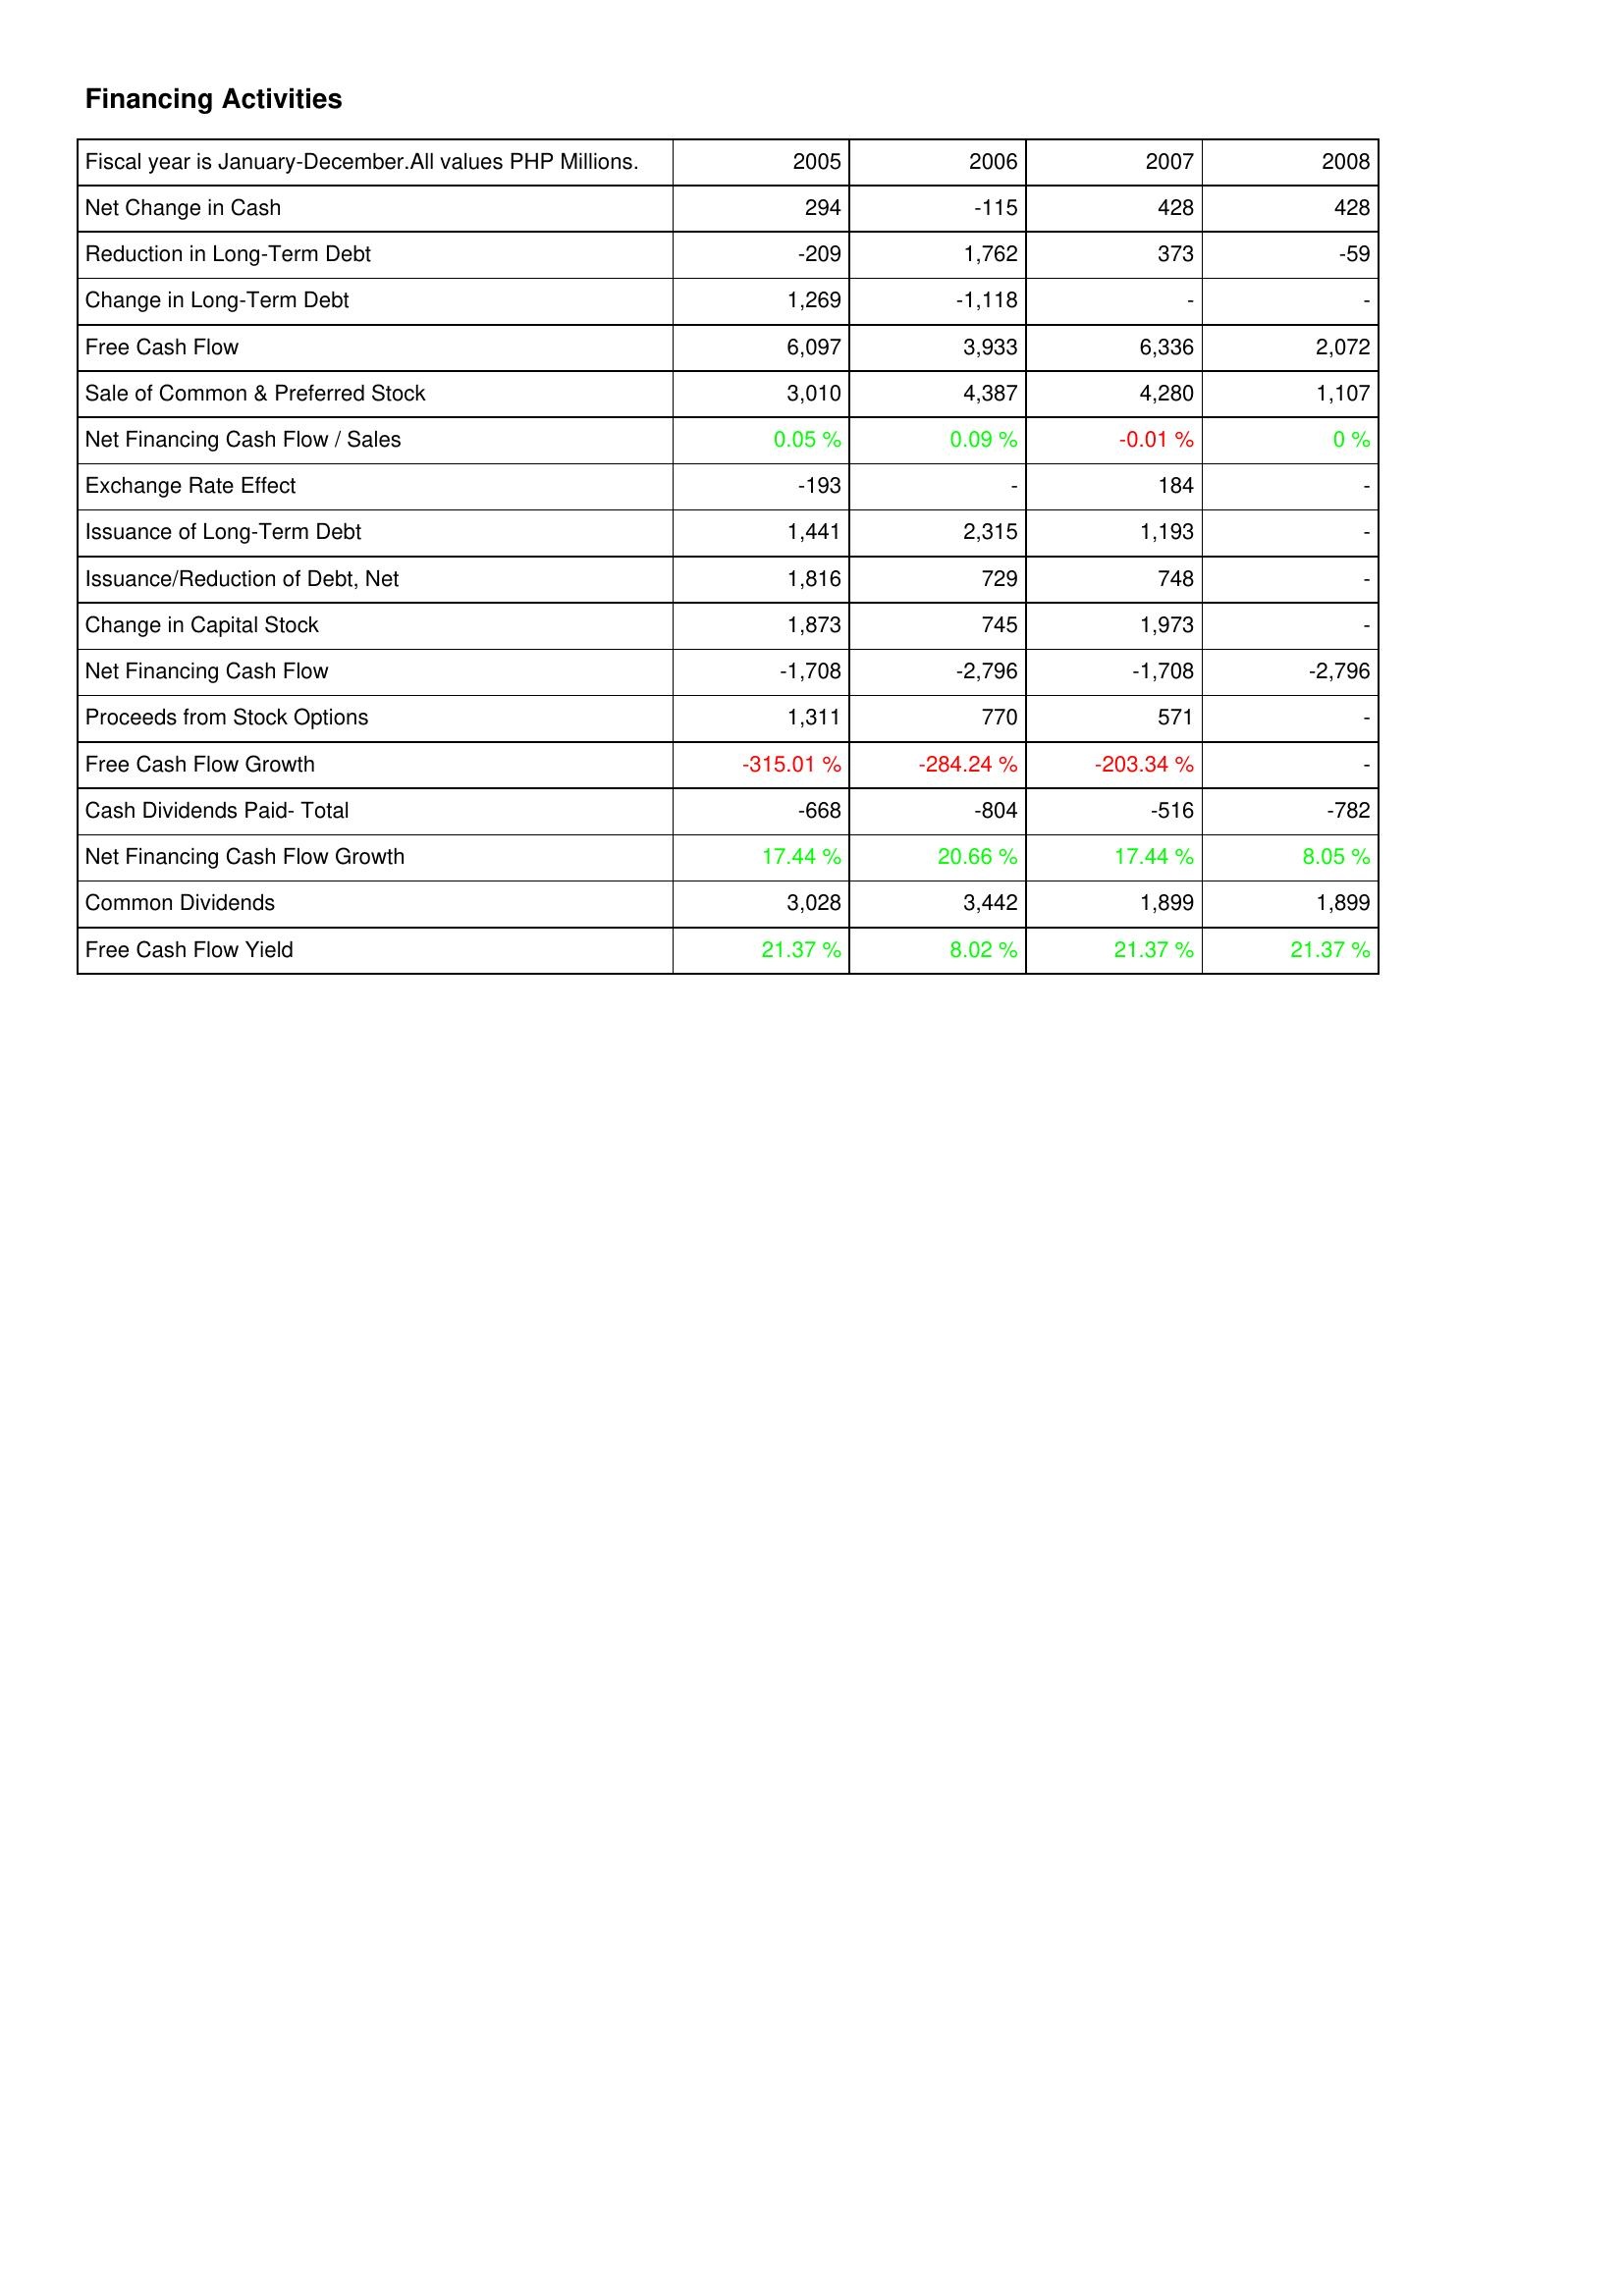
2005: Financing Activities: Net Change in Cash: 294
Reduction in Long-Term Debt: -209
Change in Long-Term Debt: 1,269
Free Cash Flow: 6,097
Sale of Common & Preferred Stock: 3,010
Net Financing Cash Flow / Sales: 0.05 %
Exchange Rate Effect: -193
Issuance of Long-Term Debt: 1,441
Issuance/Reduction of Debt, Net: 1,816
Change in Capital Stock: 1,873
Net Financing Cash Flow: -1,708
Proceeds from Stock Options: 1,311
Free Cash Flow Growth: -315.01 %
Cash Dividends Paid- Total: -668
Net Financing Cash Flow Growth: 17.44 %
Common Dividends: 3,028
Free Cash Flow Yield: 21.37 %
2006: Financing Activities: Net Change in Cash: -115
Reduction in Long-Term Debt: 1,762
Change in Long-Term Debt: -1,118
Free Cash Flow: 3,933
Sale of Common & Preferred Stock: 4,387
Net Financing Cash Flow / Sales: 0.09 %
Exchange Rate Effect: -
Issuance of Long-Term Debt: 2,315
Issuance/Reduction of Debt, Net: 729
Change in Capital Stock: 745
Net Financing Cash Flow: -2,796
Proceeds from Stock Options: 770
Free Cash Flow Growth: -284.24 %
Cash Dividends Paid- Total: -804
Net Financing Cash Flow Growth: 20.66 %
Common Dividends: 3,442
Free Cash Flow Yield: 8.02 %
2007: Financing Activities: Net Change in Cash: 428
Reduction in Long-Term Debt: 373
Change in Long-Term Debt: -
Free Cash Flow: 6,336
Sale of Common & Preferred Stock: 4,280
Net Financing Cash Flow / Sales: -0.01 %
Exchange Rate Effect: 184
Issuance of Long-Term Debt: 1,193
Issuance/Reduction of Debt, Net: 748
Change in Capital Stock: 1,973
Net Financing Cash Flow: -1,708
Proceeds from Stock Options: 571
Free Cash Flow Growth: -203.34 %
Cash Dividends Paid- Total: -516
Net Financing Cash Flow Growth: 17.44 %
Common Dividends: 1,899
Free Cash Flow Yield: 21.37 %
2008: Financing Activities: Net Change in Cash: 428
Reduction in Long-Term Debt: -59
Change in Long-Term Debt: -
Free Cash Flow: 2,072
Sale of Common & Preferred Stock: 1,107
Net Financing Cash Flow / Sales: 0 %
Exchange Rate Effect: -
Issuance of Long-Term Debt: -
Issuance/Reduction of Debt, Net: -
Change in Capital Stock: -
Net Financing Cash Flow: -2,796
Proceeds from Stock Options: -
Free Cash Flow Growth: -
Cash Dividends Paid- Total: -782
Net Financing Cash Flow Growth: 8.05 %
Common Dividends: 1,899
Free Cash Flow Yield: 21.37 %